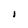
Character: l